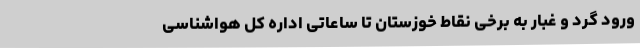
ورود گرد و غبار به برخی نقاط خوزستان تا ساعاتی اداره کل هواشناسی